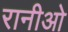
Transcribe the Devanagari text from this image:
रानीओ